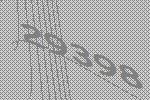
29398